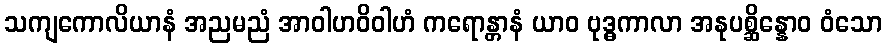
သကျကောလိယာနံ အညမညံ အာဝါဟဝိဝါဟံ ကရောန္တာနံ ယာဝ ဗုဒ္ဓကာလာ အနုပစ္ဆိန္နောဝ ဝံသော